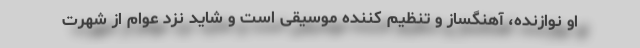
او نوازنده، آهنگساز و تنظیم کننده موسیقی است و شاید نزد عوام از شهرت